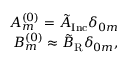
\begin{array} { r } { A _ { m } ^ { ( 0 ) } = \tilde { A } _ { \mathrm { I n c } } \delta _ { 0 m } } \\ { B _ { m } ^ { ( 0 ) } \approx \tilde { B } _ { \mathrm { R } } \delta _ { 0 m } , } \end{array}